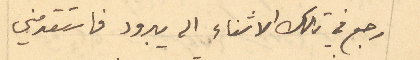
رجع في تلك الاثناء الى يبرود فاستقدمني